Note on the mental hospitals in Burma - 1925-1940
Year: 1925
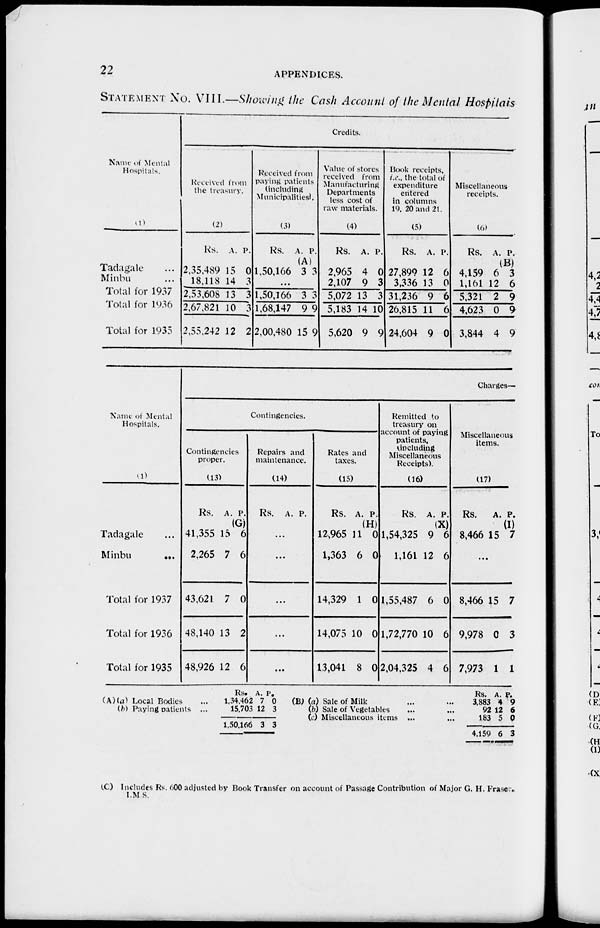
22
APPENDICES.
STATEMENT No. VIII.—Showing the Cash Account of the Mental Hospitals
Name of Mental
Hospitals.
(1)
Tadagale ...
Minbu ...
Total for 1937
Total for 1936
Total for 1935
Credits.
Received from
the treasury.
(2)
Rs.
2,35,489
18,118
2,53,608
2,67,821
2,55,242
A.
15
14
13
10
12
P.
0
3
3
3
2
Received from
paying patients
(including
Municipalities).
(3)
Rs. A. P.
(A)
1,50,166 3 3
...
1,50,166
1,68,147
2,00,480
3
9
15
3
9
9
Value of stores
received from
Manufacturing
Departments
less cost of
raw materials.
(4)
Rs.
2,965
2,107
5,072
5,183
5,620
A.
4
9
13
14
9
P.
0
3
3
10
9
Book receipts.
i.e., the total of
expenditure
entered
in columns
19, 20 and 21.
(5)
Rs.
27,899
3,336
31,236
26,815
24,604
A.
12
13
9
11
9
P.
6
0
6
6
0
Miscellaneous
receipts.
(6)
Rs. A. P.
(B)
4,159
1,161
5,321
4,623
3,844
6
12
2
0
4
3
6
9
9
9
Name of Mental
Hospitals.
(1)
Tadagale ...
Minbu
...
Total for 1937
Total for 1936
Total for 1935
Charges—
Contingencies.
Contingencies
proper.
(13)
Rs. A. P.
(G)
41,355
2,265
43,621
48,140
48,926
15
7
7
13
12
6
6
0
2
6
Repairs and
maintenance.
(14)
Rs. A. P.
...
...
...
...
...
Rates and
taxes.
(15)
Rs. A. P.
(H)
12,965
1,363
14,329
14,075
13,041
11
6
1
10
8
0
0
0
0
0
Remitted to
treasury on
account of paying
patients.
(including
Miscellaneous
Receipts).
(16)
Rs. A. P.
(X)
1,54,325
1,161
1,55,487
1,72,770
2,04,325
9
12
6
10
4
6
6
0
6
6
Miscellaneous
items.
(17)
Rs.
A. P.
(I)
8,466 15 7
...
8,466
9,978
7,973
15
0
1
7
3
1
(A)(a) Local Bodies ...
(b) Paying patients ...
Rs.
1,34,462
15,703
1,50,166
A.
7
12
3
P.
0
3
3
(B) (a) Sale of Milk ... ...
(b) Sale of Vegetables ... ...
(c) Miscellaneous items ... ...
Rs.
3,883
92
183
4,159
A.
4
12
5
6
P.
9
6
0
3
(C) Includes Rs. 600 adjusted by Book Transfer on account of Passage Contribution of Major G. H. Fraser.
I.M.S.